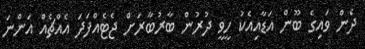
ދެން ވައިގެ ބޫން އަޑާއިއެކު ހީވީ ދުރުން ބާރުބާރަށް ޖެޓެއްފަދަ އެއްޗެއް އަންނަ